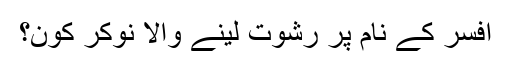
افسر کے نام پر رشوت لینے والا نوکر کون؟